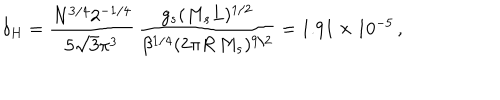
LaTeX: \delta _ { H } = { \frac { N ^ { 3 / 4 } 2 ^ { - 1 / 4 } } { 5 \sqrt 3 \pi ^ { 3 } } } \, { \frac { g _ { s } ( M _ { s } L ) ^ { 1 / 2 } } { \beta ^ { 1 / 4 } ( 2 \pi R \, M _ { s } ) ^ { 9 / 2 } } } = 1 . 9 1 \times 1 0 ^ { - 5 } \, ,